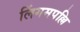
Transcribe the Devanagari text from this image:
लिंगमपल्लि